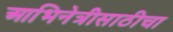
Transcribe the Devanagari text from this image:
आभिनेत्रीसाठीचा